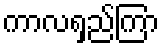
ကာလရှည်ကြာ